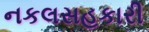
નકલસહકારી